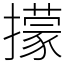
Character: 㩚